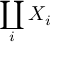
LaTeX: \coprod _ { i } X _ { i }